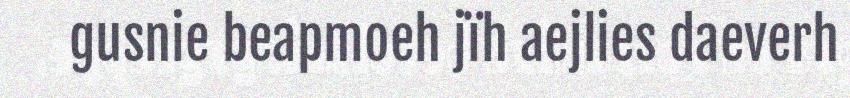
gusnie beapmoeh jïh aejlies daeverh